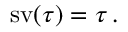
\operatorname { s v } ( \tau ) = \tau \, .